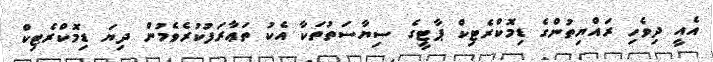
އެއީ ދިވެހި ރައްޔިތުންގެ ޑިމޮކްރެޓިކް ޕާޓީގެ ސިޔާސަތުތަކާ އެކު ތަޢާރަފުކުރެވެމުން ދިޔަ ޑިމޮކްރެޓިކް